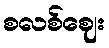
စလစ်ဈေး